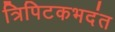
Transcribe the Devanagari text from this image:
त्रिपिटकभदंत